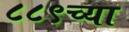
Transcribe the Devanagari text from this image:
८८९च्या